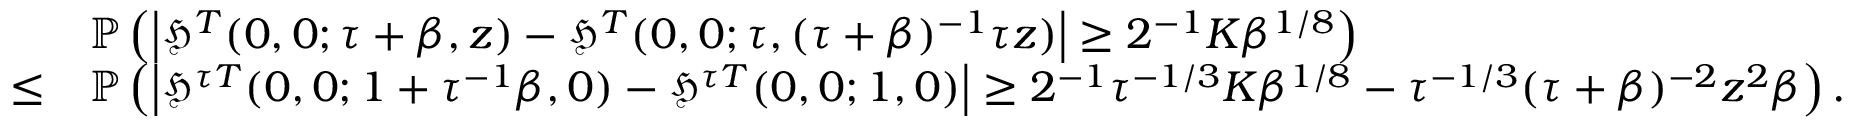
\begin{array} { r l } & { \mathbb { P } \left( \left| \mathfrak { H } ^ { T } ( 0 , 0 ; \tau + \beta , z ) - \mathfrak { H } ^ { T } ( 0 , 0 ; \tau , ( \tau + \beta ) ^ { - 1 } \tau z ) \right| \geq 2 ^ { - 1 } K \beta ^ { 1 / 8 } \right) } \\ { \leq } & { \mathbb { P } \left( \left| \mathfrak { H } ^ { \tau T } ( 0 , 0 ; 1 + \tau ^ { - 1 } \beta , 0 ) - \mathfrak { H } ^ { \tau T } ( 0 , 0 ; 1 , 0 ) \right| \geq 2 ^ { - 1 } \tau ^ { - 1 / 3 } K \beta ^ { 1 / 8 } - \tau ^ { - 1 / 3 } ( \tau + \beta ) ^ { - 2 } z ^ { 2 } \beta \right) . } \end{array}